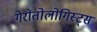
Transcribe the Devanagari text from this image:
गेरोंतोलोगिस्ट्स